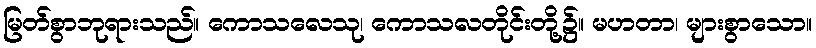
မြတ်စွာဘုရားသည်။ ကောသလေသု၊ ကောသလတိုင်းတို့၌။ မဟတာ၊ များစွာသော။